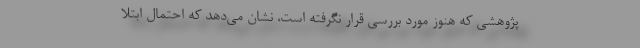
پژوهشی که هنوز مورد بررسی قرار نگرفته است، نشان می‌دهد که احتمال ابتلا